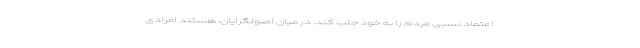
اعتماد نسبی مردم را به خود جلب کند. در میان اصولگرایان، هستند افرادی